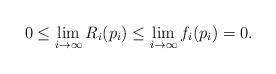
LaTeX: \begin{align*} 0 \leq \lim_{i \to \infty} R_i(p_i) \leq \lim_{i \to \infty} f_i(p_i)=0. \end{align*}